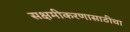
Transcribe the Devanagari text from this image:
सक्षमीकरणासाठीचा